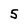
Character: 5